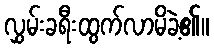
လွှမ်းခရီးထွက်လာမိခဲ့၏။